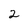
Character: 2